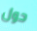
حول